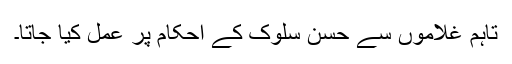
تاہم غلاموں سے حسن سلوک کے احکام پر عمل کیا جاتا۔